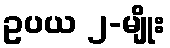
ဥပယ ၂-မျိုး